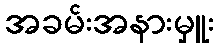
အခမ်းအနားမှူး